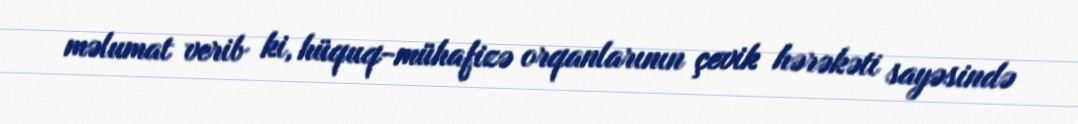
məlumat verib ki, hüquq-mühafizə orqanlarının çevik hərəkəti sayəsində